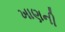
ખાણની